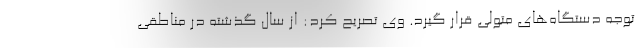
توجه دستگاه‌های متولی قرار گیرد. وی تصریح کرد: از سال گذشته در مناطقی